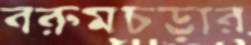
বরুমচড়ার